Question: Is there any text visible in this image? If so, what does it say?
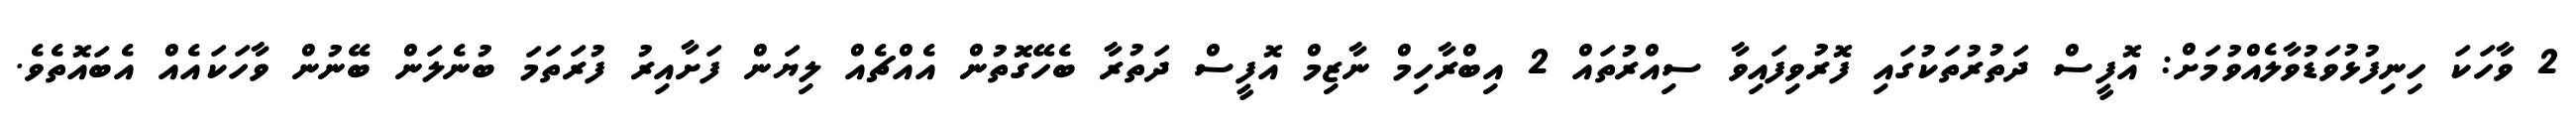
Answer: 2 ވާހަކަ ހިނިފުޅުވަޑުވާލެއްވުމަށް: އޮފީސް ދަތުރުތަކުގައި ފޮރުވިފައިވާ ސިއްރުތައް 2 އިބްރާހިމް ނާޒިމް އޮފީސް ދަތުރާ ބެހޭގޮތުން އެއްޗެއް ލިޔަން ފަށާއިރު ފުރަތަމަ ބުނެލަން ބޭނުން ވާހަކައެއް އެބައޮތެވެ.